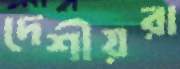
দেশীয়রা